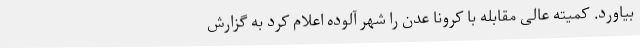
بیاورد. کمیته عالی مقابله با کرونا عدن را شهر آلوده اعلام کرد به گزارش